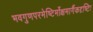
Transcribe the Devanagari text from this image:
भवगुणपरमेष्टिर्मोक्षमार्गैकदृष्टिः